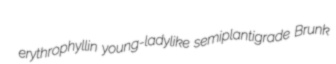
erythrophyllin young-ladylike semiplantigrade Brunk